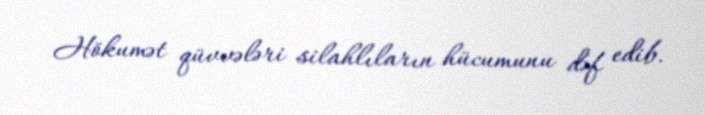
Hökumət qüvvələri silahlıların hücumunu dəf edib.